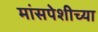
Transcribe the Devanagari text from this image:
मांसपेशीच्या